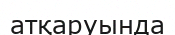
атқаруында